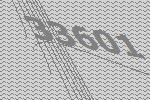
33601